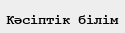
Кәсіптік білім